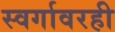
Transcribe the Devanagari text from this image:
स्वर्गावरही